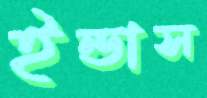
ইন্ডাস